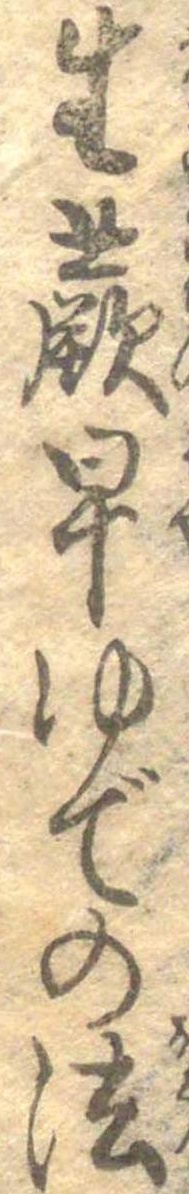
生蕨早ゆでの法